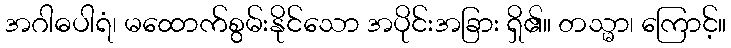
အဂါဓပါရံ၊ မထောက်စွမ်းနိုင်သော အပိုင်းအခြား ရှိ၏။ တသ္မာ၊ ကြောင့်။